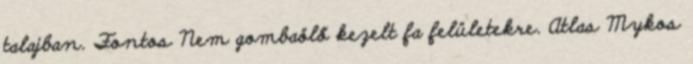
talajban. Fontos Nem gombaölő kezelt fa felületekre. Atlas Mykos